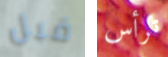
قبل ترأس